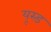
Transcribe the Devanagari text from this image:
यूस्ड